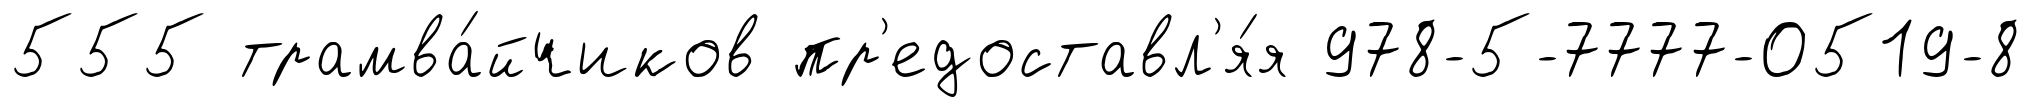
555 трамва́йчиков пр'едоставл'я́я 978-5-7777-0519-8